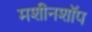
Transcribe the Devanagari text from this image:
मशीनशॉप